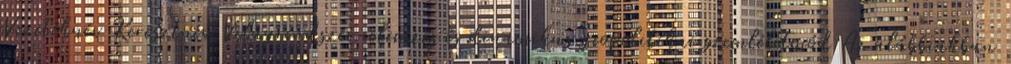
Vezetéknév Keresztnév Világrendszer-elemzés és dinamikus geopolitikai szemléletmód Az alábbiakban